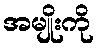
အမျိုးကို